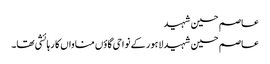
عاصم حسین شہید
عاصم حسین شہید لاہور کے نواحی گاؤں مناواں کا رہائشی تھا۔